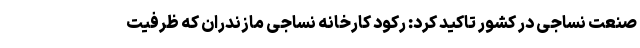
صنعت نساجی در کشور تاکید کرد: رکود کارخانه نساجی مازندران که ظرفیت